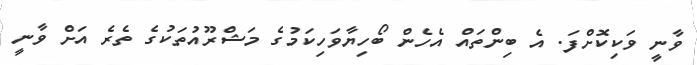
ވާނީ ވަކިކޮށްފަ. އެ ބިންތައް އެހެން ބޯހިޔާވަހިކަމުގެ މަޝްރޫއުތަކުގެ ތެރެ އަށް ވާނީ